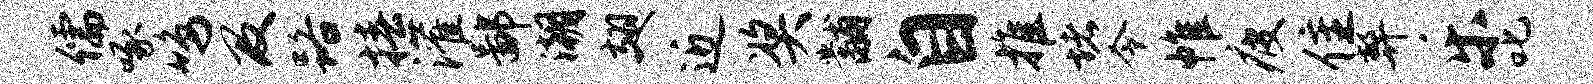
儒啄鸣及路椿灌鄙潮翅近奖黼自推堵令帷疲隹弊乐叱